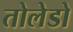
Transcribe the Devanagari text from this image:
तोलेडो